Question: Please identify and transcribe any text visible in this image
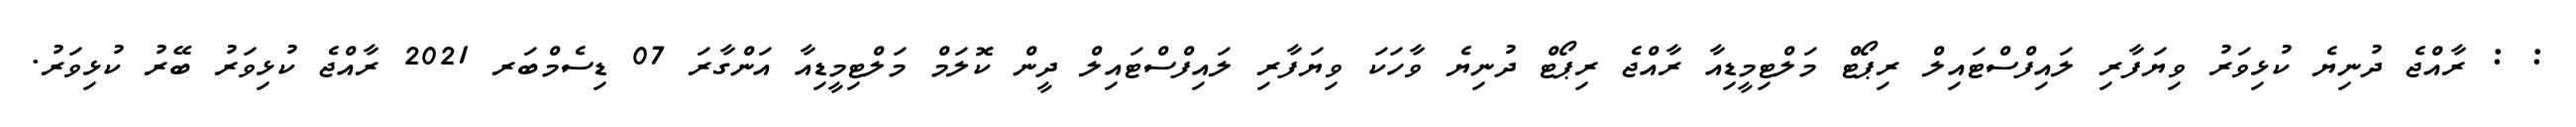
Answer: : : ރާއްޖެ ދުނިޔެ ކުޅިވަރު ވިޔަފާރި ލައިފްސްޓައިލް ރިޕޯޓް މަލްޓިމީޑިއާ ރާއްޖެ ރިޕޯޓް ދުނިޔެ ވާހަކަ ވިޔަފާރި ލައިފްސްޓައިލް ދީން ކޮލަމް މަލްޓިމީޑިއާ އަންގާރަ 07 ޑިސެމްބަރ 2021 ރާއްޖެ ކުޅިވަރު ބޭރު ކުޅިވަރު.